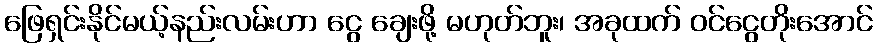
ဖြေရှင်းနိုင်မယ့်နည်းလမ်းဟာ ငွေ ချေးဖို့ မဟုတ်ဘူး၊ အခုထက် ဝင်ငွေတိုးအောင်